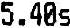
5.40S